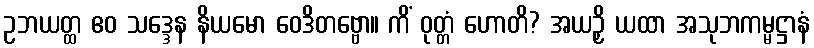
ဥဘယတ္ထ ဧဝ သဒ္ဒေန နိယမော ဝေဒိတဗ္ဗော။ ကိံ ဝုတ္တံ ဟောတိ? အယဉှိ ယထာ အသုဘကမ္မဋ္ဌာနံ